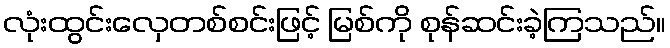
လုံးထွင်းလှေတစ်စင်းဖြင့် မြစ်ကို စုန်ဆင်းခဲ့ကြသည်။